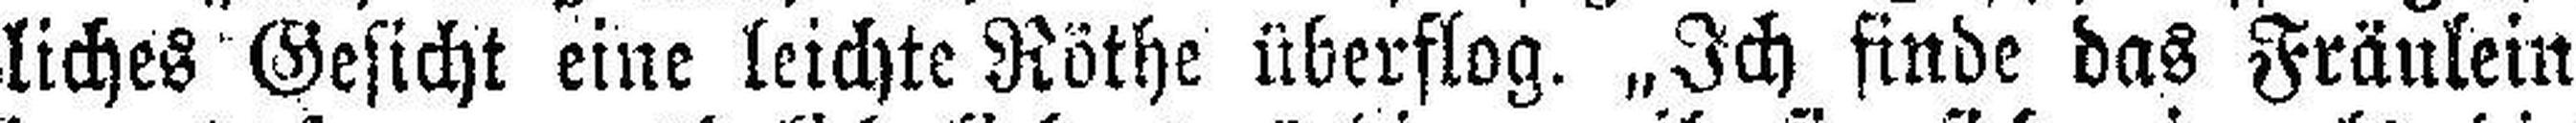
liches Gesicht eine leichte Röthe überflog. „Ich finde das Fräulein